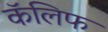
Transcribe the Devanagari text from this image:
कॅलिफ